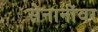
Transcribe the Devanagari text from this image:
सेनानींवर